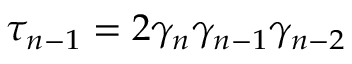
\tau _ { n - 1 } = 2 \gamma _ { n } \gamma _ { n - 1 } \gamma _ { n - 2 }